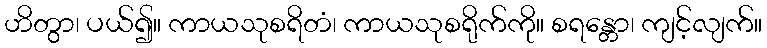
ဟိတွာ၊ ပယ်၍။ ကာယသုစရိတံ၊ ကာယသုစရိုက်ကို။ စရန္တော၊ ကျင့်လျက်။